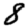
Digit: 8